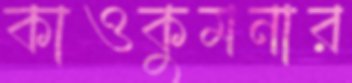
কাওকুমনার